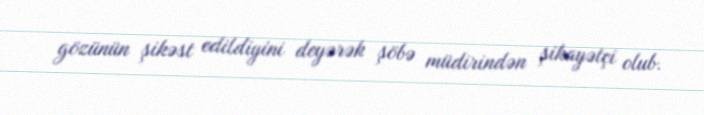
gözünün şikəst edildiyini deyərək şöbə müdirindən şikayətçi olub.